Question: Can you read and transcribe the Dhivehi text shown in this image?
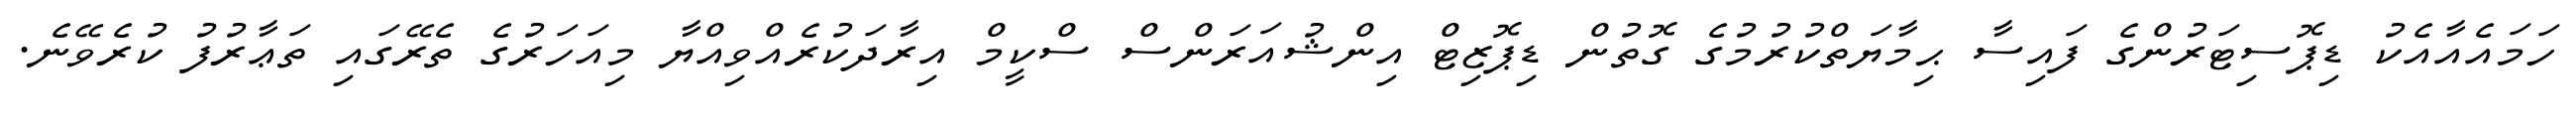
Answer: ހަމައެއާއެކު ޑިޕޮސިޓަރުންގެ ފައިސާ ޙިމާޔަތްކުރުމުގެ ގޮތުން ޑިޕޮޒިޓް އިންޝުއަރަންސް ސްކީމް އިރާދަކުރެއްވިއްޔާ މިއަހަރުގެ ތެރޭގައި ތަޢާރުފު ކުރެވޭނެ.